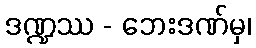
ဒဏ္ဍဿ - ဘေးဒဏ်မှ၊